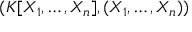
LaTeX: ( K [ X _ { 1 } , \dots , X _ { n } ] , ( X _ { 1 } , \dots , X _ { n } ) )